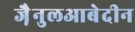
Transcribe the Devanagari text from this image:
जै़नुलआबेदीन